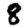
Digit: 8